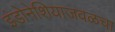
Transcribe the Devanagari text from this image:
इंडोनेशियाजवळचा